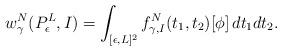
LaTeX: \begin{align*} w_\gamma^N(P_\epsilon^L, I) = \int_{[\epsilon, L]^2} f^N_{\gamma, I}(t_1, t_2)[\phi]\, dt_1dt_2.\end{align*}